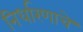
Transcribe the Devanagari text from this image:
निर्धारणाचे